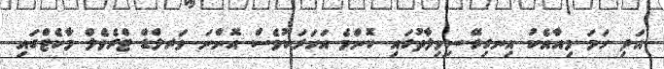
އަދި ހަމަ މިއާއެކު އިނގިރޭސިވިލާތުގައި ކޮންމެ އަހަރަކުވެސް އޮންނަ ވަރލްޑް ޓްރެވެލް މާކެޓްގައި